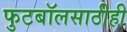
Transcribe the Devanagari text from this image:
फुटबॉलसाठीही